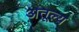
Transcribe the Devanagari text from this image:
अतूल्य